system: You are a helpful assistant.
user:
Analyze the provided spectrum to determine if it is a **Carbon Star (C-type)**.

- **Key Visual Indicators of Carbon Star:**
    - **(Primary):** Strong molecular absorption from **C₂ (diatomic carbon) "Swan Bands."** This is the **defining feature** of a carbon star.
        - **(Key Bandheads):** Sharp absorption edges are visible at approximately $5635$ Å, $5165$ Å (the strongest band), and $4737$ Å.
        - **(Line Profile):** Creates a distinct **"saw-tooth"** pattern. The key morphology is a sharp, steep bandhead on the **red (long-wavelength) side**, which then gradually tapers off (i.e., flux recovers) towards the **blue (short-wavelength) side**. *(This is the direct opposite of the TiO bands seen in M-type stars)*.

    - **(Secondary):** Intense **CN (cyanogen)** molecular absorption bands.
        - **(Key Bandheads):** Located in the blue and violet regions of the spectrum (e.g., near $4215$ Å and $3883$ Å).
        - **(Morphology):** These bands are extremely broad and act as a "blanket," absorbing the vast majority of blue and violet light. This creates a characteristic **"cliff"** or **"steep drop-off"** in the spectrum's flux at short wavelengths.

    - **(Key Confirmation):** Strong **CH absorption band (G-band)**.
        - **(Key Bandhead):** Located around $4300$ Å. The contribution from CH molecules to this band is exceptionally strong.

    - **(Overall Spectrum):**
        - The continuum is severely "chopped up" by these deep molecular bands, especially C₂, rather than appearing as a smooth curve.
        - Due to the heavy CN and C₂ absorption in the blue-green, the vast majority of the star's flux is concentrated in the red part of the spectrum, giving the star its characteristic deep red color.

Think first, call **spectral_visualization_tool** if needed to examine features in detail, then provide your final answer. Your response must adhere to the following strict rules:
1.  **Overall Structure:** Your response must follow the format `<think>...</think> <tool_call>...</tool_call> (if a tool is used) <answer>...</answer>`.
2.  **Tool Usage Constraint:** You may only make **one** tool call per turn.
3.  **Final Answer Format:** In the `<answer>` tag, your conclusion must be inside a `\boxed{}` command (e.g., `\boxed{YES}`), followed by your justification.

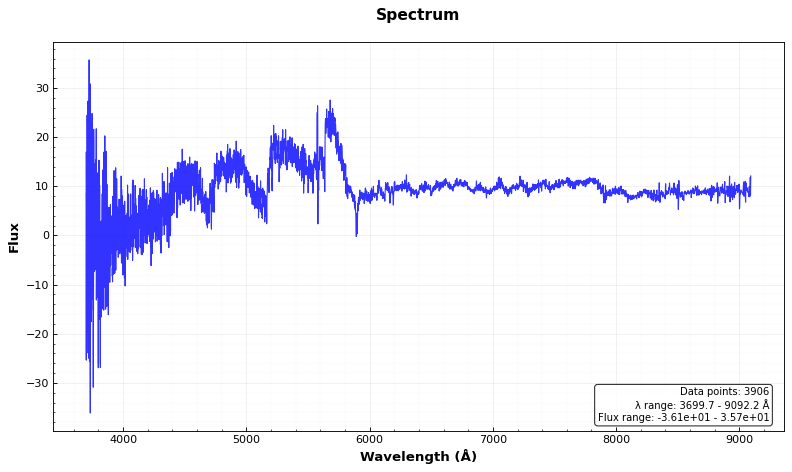
Answer: YES